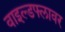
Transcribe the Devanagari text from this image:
वाइल्डफ्लावर